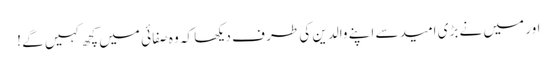
اور میں نے بڑی امید سے اپنے والدین کی طر ف دیکھا کہ وہ صفا ئی میں کچھ کہیں گے !